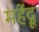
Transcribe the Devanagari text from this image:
महेंद्रू